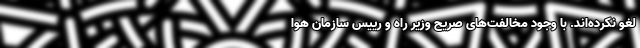
لغو نکرده‌اند. با وجود مخالفت‌های صریح وزیر راه و رییس سازمان هوا